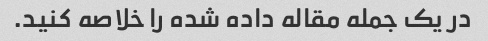
در یک جمله مقاله داده شده را خلاصه کنید.